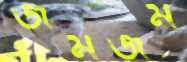
জমজম